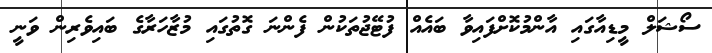
ސޯޝަލް މީޑިއާގައި އާންމުކޮށްފައިވާ ބައެއް ފުޓޭޖުތަކުން ފެންނަ ގޮތުގައި މުޒާހަރާގެ ބައިވެރިން ވަނީ